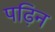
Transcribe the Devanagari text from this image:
पढ़िन